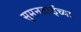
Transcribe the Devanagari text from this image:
सुमनताईच्या